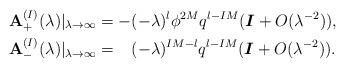
LaTeX: \begin{align*}&{\bf A}_+^{(I)}(\lambda)|_{\lambda\to\infty} =-(-\lambda)^l\phi^{2M}q^{l-IM}({\boldsymbol I}+O(\lambda^{-2})),\\&{\bf A}_-^{(I)}(\lambda)|_{\lambda\to\infty} =\phantom{-}(-\lambda)^{I M-l}q^{l-IM}({\boldsymbol I}+O(\lambda^{-2})).\end{align*}